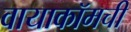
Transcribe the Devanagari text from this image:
वायाकॉमची